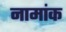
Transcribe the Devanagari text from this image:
नामांक